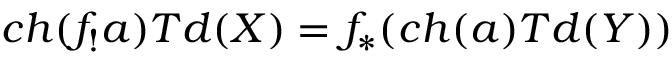
c h ( f _ { ! } a ) T d ( X ) = f _ { * } ( c h ( a ) T d ( Y ) )